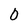
Character: 0